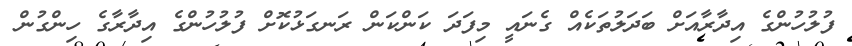
ފުލުހުންގެ އިދާރާއަށް ބަދަލުތަކެއް ގެނައީ މިފަދަ ކަންކަން ރަނގަޅުކޮށް ފުލުހުންގެ އިދާރާގެ ހިންގުން